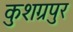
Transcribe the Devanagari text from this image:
कुशग्रपुर